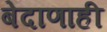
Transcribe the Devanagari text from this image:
बेदाणाही